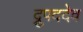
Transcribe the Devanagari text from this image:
द्रुपददेव